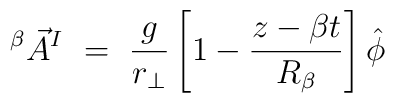
^{\beta}{\vec A}^{I}~=~{g \over r_{\bot}} \left[ 1 - {{z - \beta t}\over R_{\beta}} \right] \hat \phi